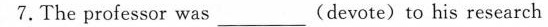
7.The professor was ___(devote) to his research